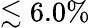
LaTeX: \lesssim 6.0\%